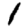
Digit: 1